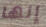
إنها